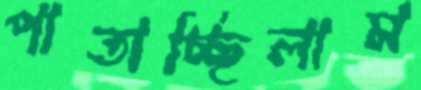
পাতাচ্ছিলাম